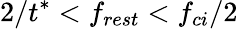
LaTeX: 2/t^{*}<f_{rest}<f_{ci}/2